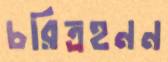
চরিত্রহনন